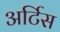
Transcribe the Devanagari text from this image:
अर्टिस